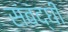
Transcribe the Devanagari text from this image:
संबंद्घी